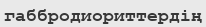
габбродиориттердің